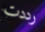
رددت